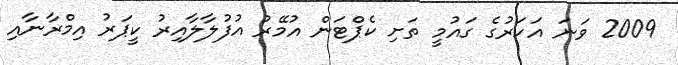
2009 ވަނަ އަހަރުގެ ގައުމީ ތަށި ކެޕްޓަން އުމޭރު އުފުލާލާއިރު ކީޕަރު އިމްރާނާއި